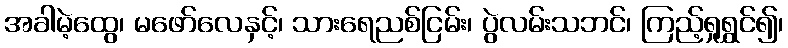
အခါမဲ့ထွေ၊ မဖော်လေနှင့်၊ သားရေညစ်ငြမ်း၊ ပွဲလမ်းသဘင်၊ ကြည့်ရှုရွှင်၍၊